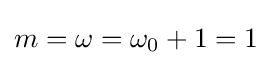
m=\omega =\omega _{0}+1=1